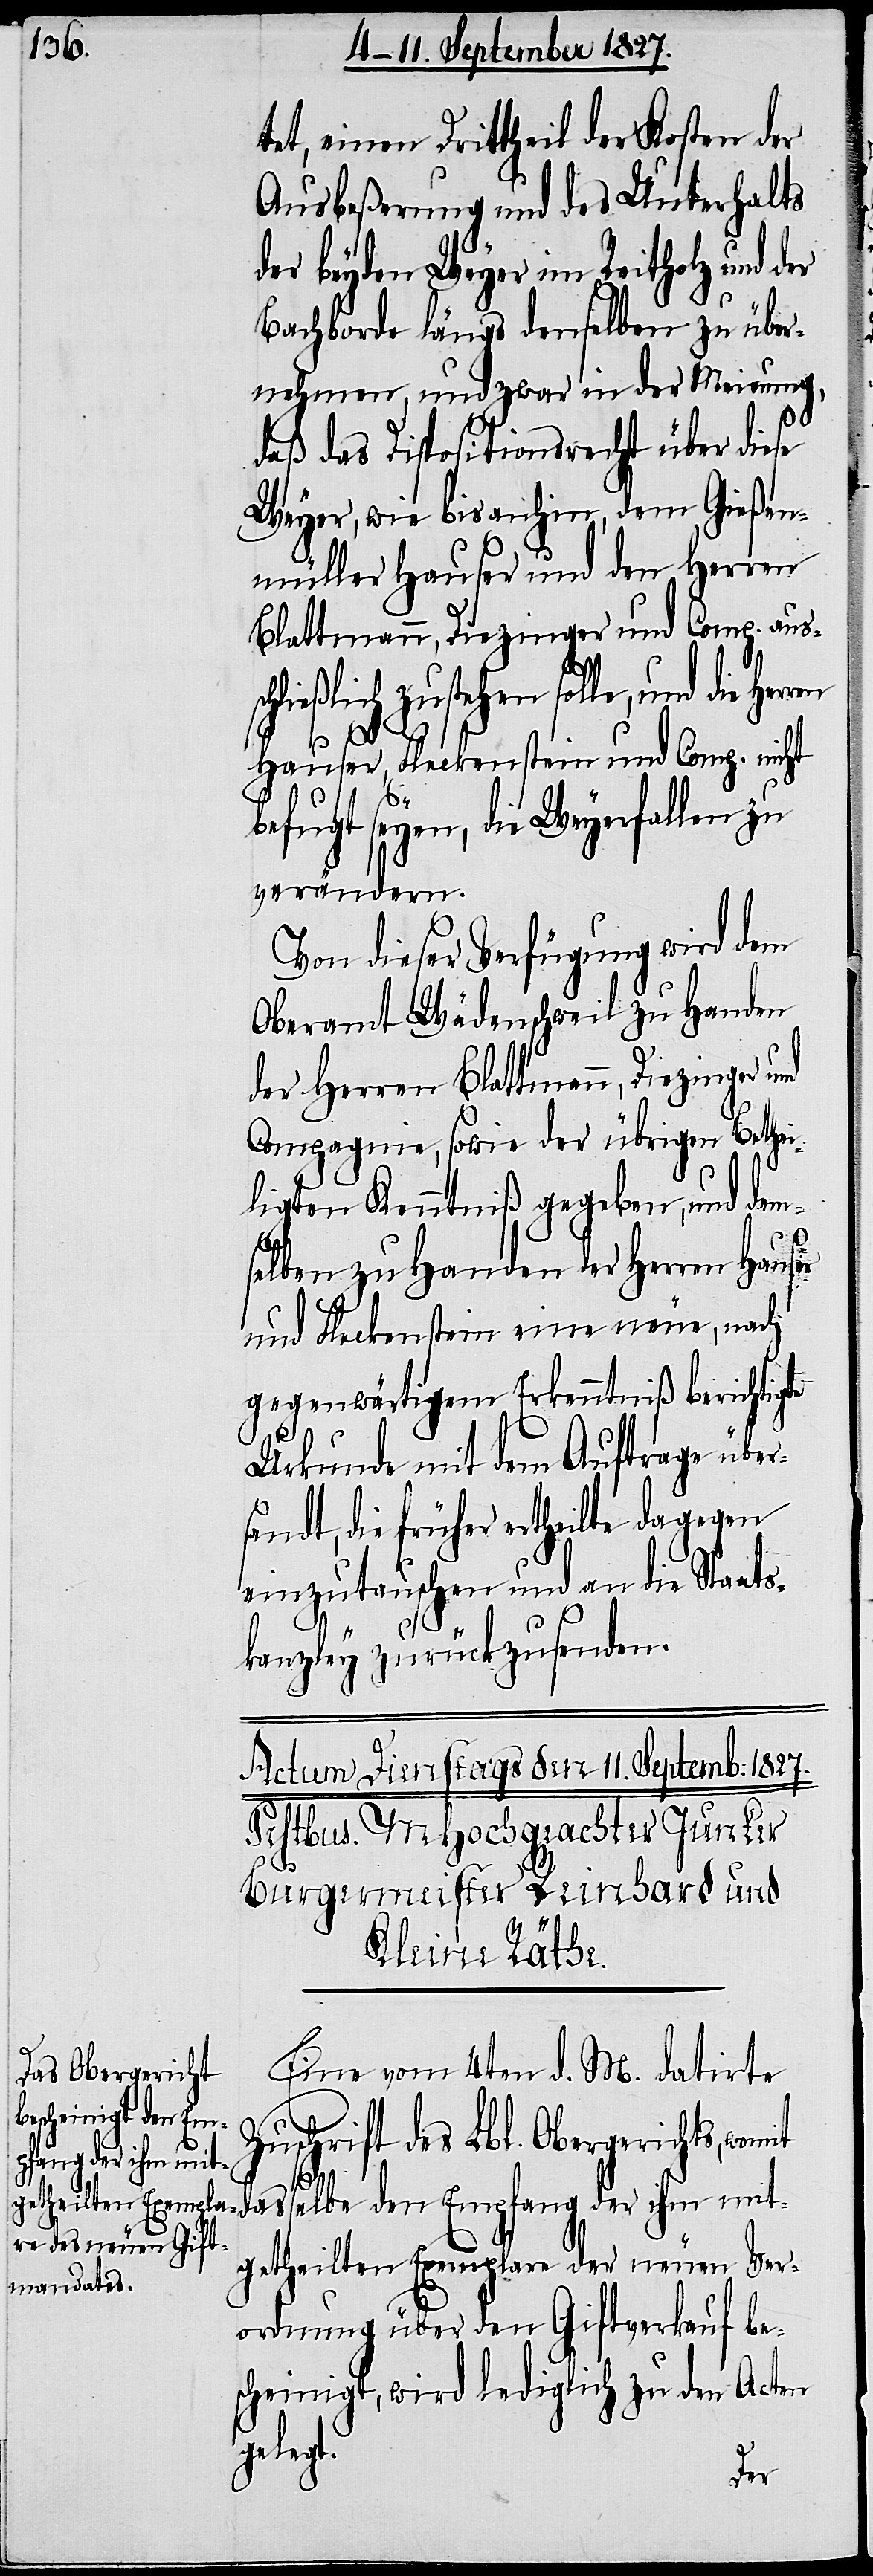
tet, einen Drittheil der Kosten der
Ausbeßerung und des Unterhalts
der beyden Weyer im Reitholz und
Bachborde längs denselben zu über¬
nehmen, und zwar in der Meinung,
daß das Dispositionsrecht über diese
Weyer, wie bis anhin, dem Gießen¬
müller Hauser und den Herren
Blattmann, Diezinger und Comp. aus¬
ließlich zustehen solle, und die
Hauser, Fleckenstein und Comp. nicht
befugt seyen, die Weyerfallen zu
verändern.
Von dieser Verfügung wird dem
Oberamt Wädenschweil zu Handen
der Herren Blattmann, Diezinger und
Compagnie, sowie der übrigen Bethei¬
ligten Kenntniß gegeben, und dem¬
selben zu Handen der Herren Hauser
und Fleckenstein eine neue, nach
gegenwärtigem Erkenntniß berichtigte
Urkunde mit dem Auftrage über¬
sandt, die früher ertheilte dagegen
einzutauschen und an die Staats¬
kanzley zurückzusenden.
Eine vom 4ten d. M. datirte
dasselbe den Em¬
Zuschrift des Lbl. Obergerichts, wom¬
pfang der ihm mit¬
it
getheilten Exemplare der neuen Ver¬
ordnung über den Giftverkauf be¬
scheinigt, wird lediglich zu den Acten
gelegt.
der